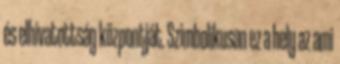
és elhivatottság központját. Szimbolikusan ez a hely az ami